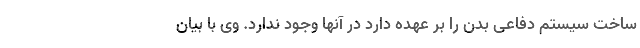
ساخت سیستم دفاعی بدن را بر عهده دارد در آنها وجود ندارد. وی با بیان